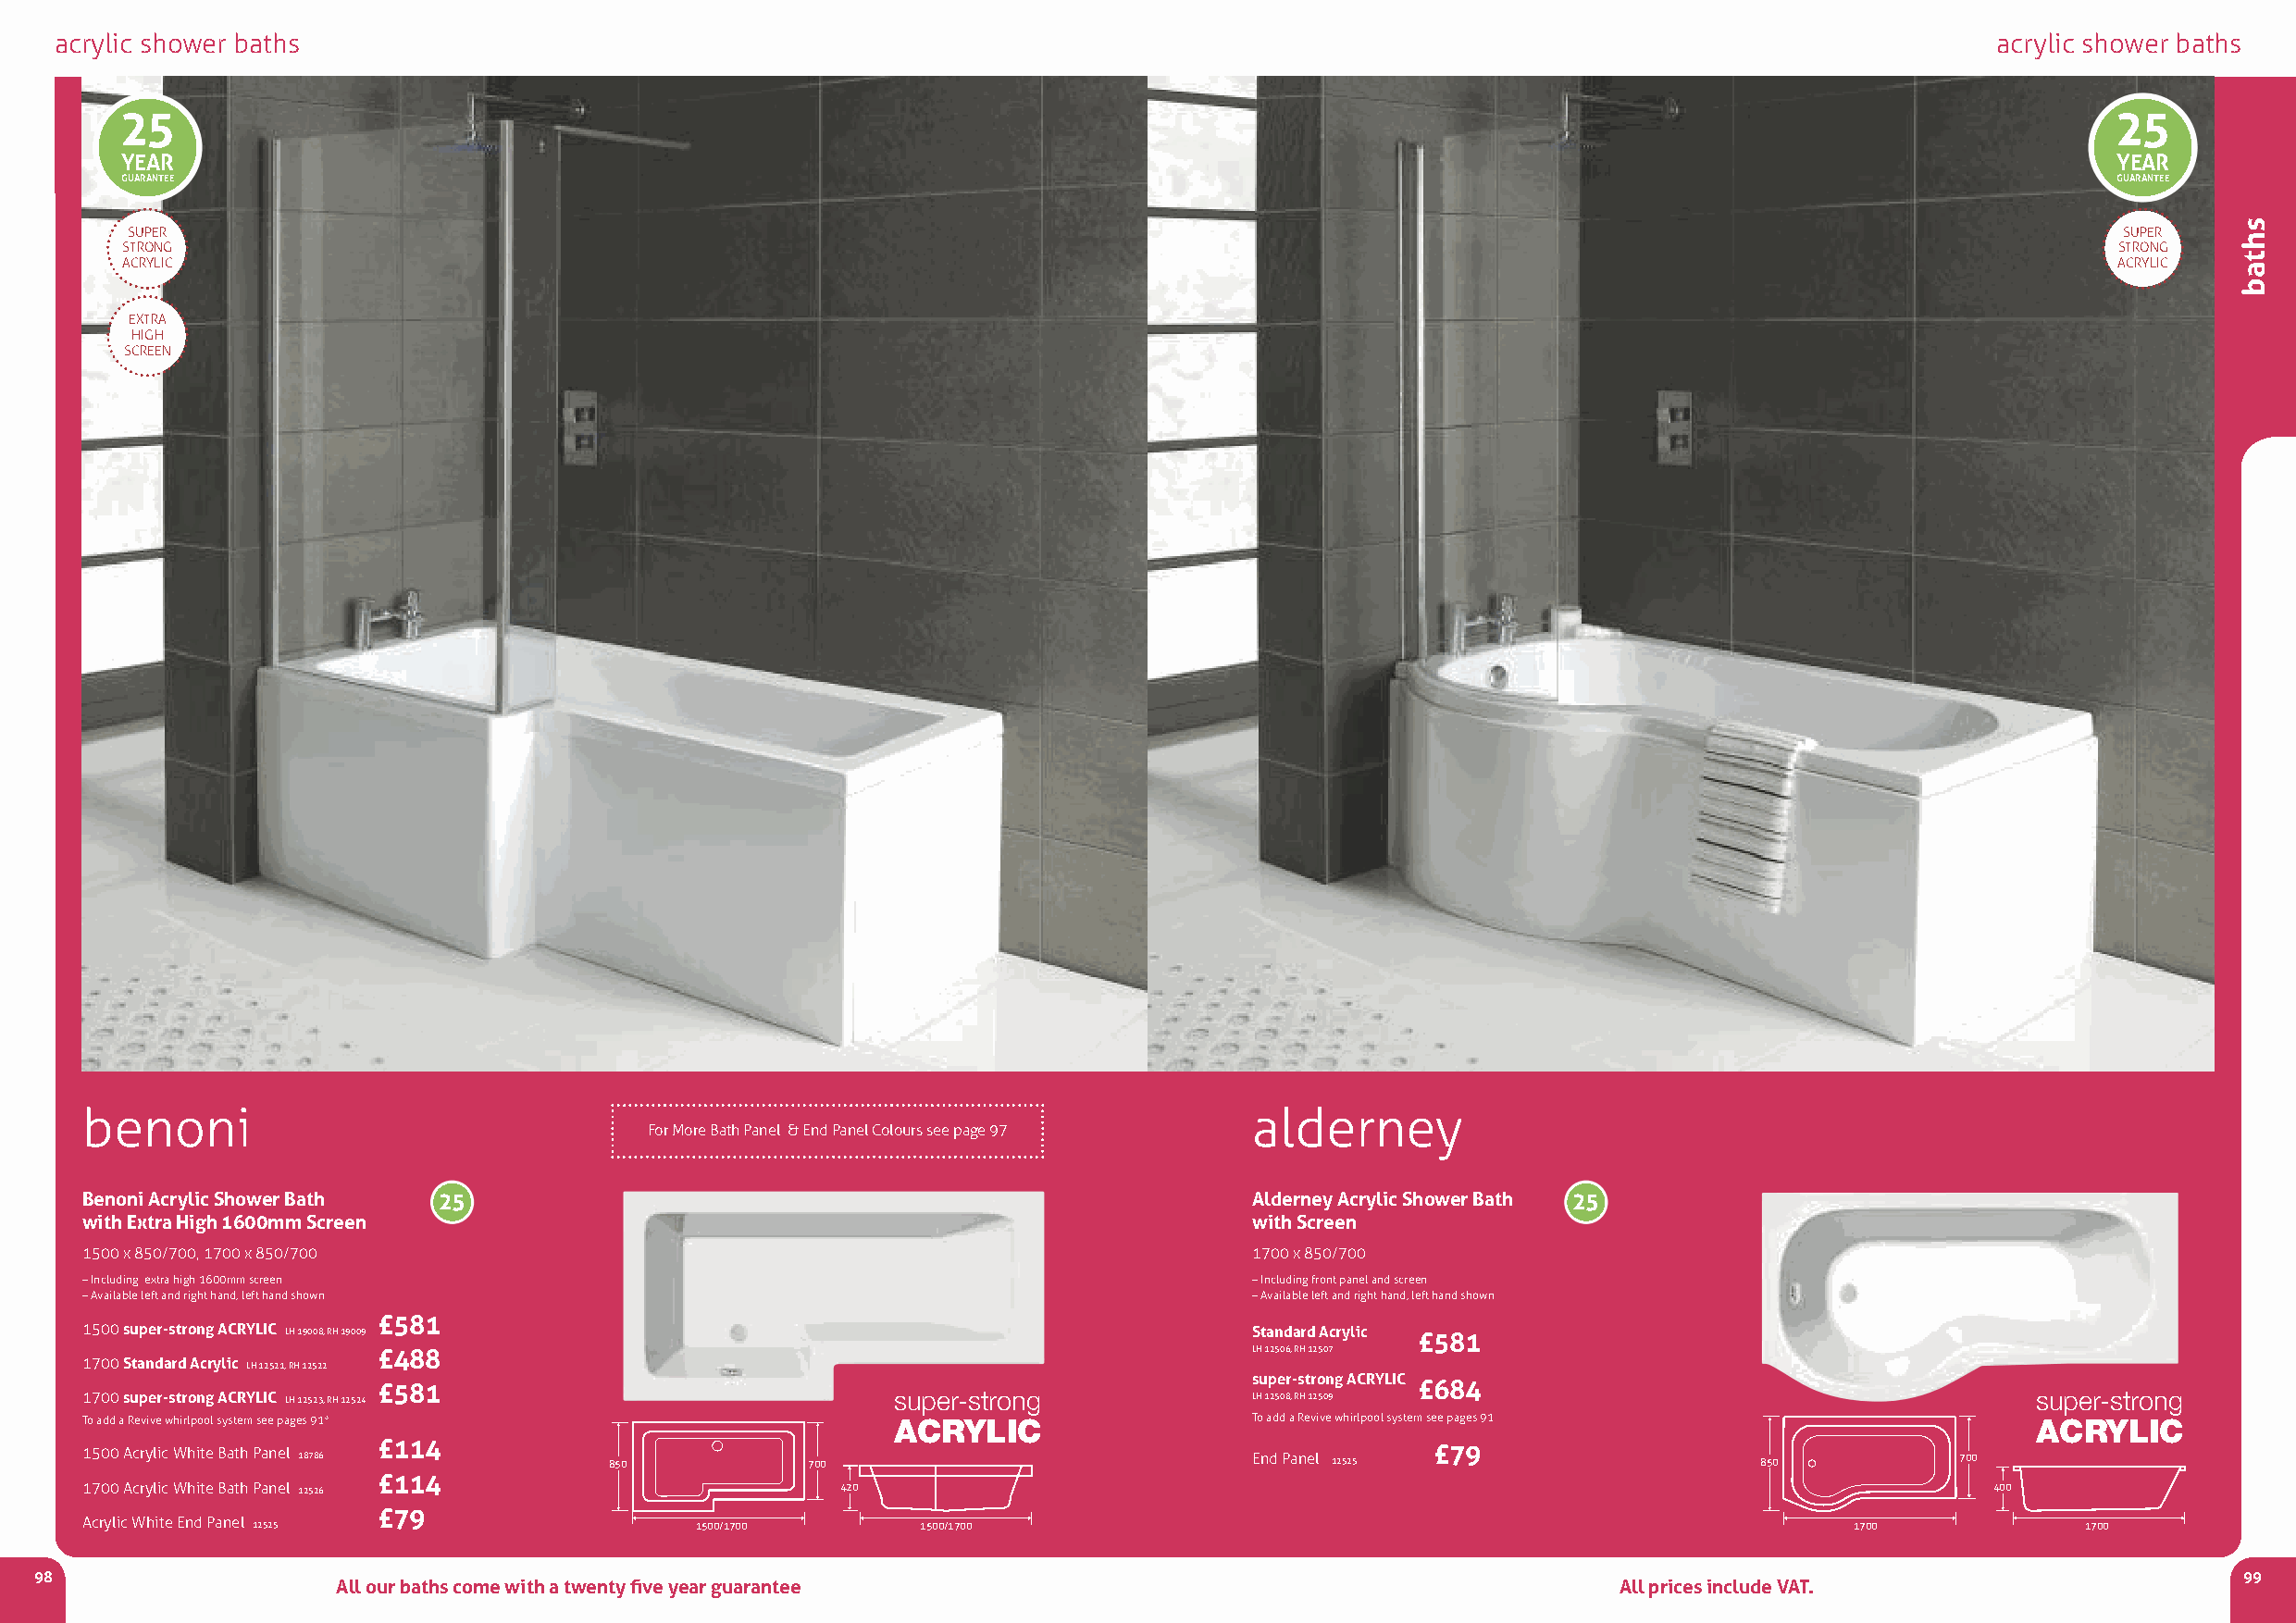
acrylic shower baths                                                                                                                       acrylic shower baths
 25                                                                                                                                            25
 YEAR                                                                                                                                          YEAR
 GUARANTEE                                                                                                                                     GUARANTEE
 SUPEr                                                                                                                                          SUPEr
 STrONG                                                                                                                                        STrONG
 acrylic                                                                                                                                       acrylic
 EXTra
 HiGH
 ScrEEN
 benoni                                                                              alderney
 For More Bath Panel & End Panel colours see page 97
 Benoni Acrylic Shower Bath 25                                                       Alderney Acrylic Shower Bath 25
 with Extra High 1600mm Screen                                                       with Screen
 1500 x 850/700, 1700 x 850/700                                                      1700 x 850/700
 –including extra high 1600mm screen                                                 –including front panel andscreen
 –available left and right hand, left hand shown                                     –available left and right hand, left hand shown
 £581
 1500 super-strong ACRYLIC LH 19008, RH 19009                                        Standard Acrylic £581
 £488                                                           LH 12506, RH 12507
 1700 Standard Acrylic LH 12521, RH 12522
 super-strong ACRYLIC
 £581                                                                      £684
 1700 super-strong ACRYLIC LH 12523, RH 12524              super-strong              LH 12508, RH 12509                                      super-strong
 To add a revive whirlpool system see pages 91*            ACRYLIC                   To add a revive whirlpool system see pages 91           ACRYLIC
 1500 acrylic White Bath Panel 18786 £114 850        700                             End Panel 12525 £79                 850           700
 £114
 1700 acrylic White Bath Panel 12526                   420                                                                                400
 £79
 acrylic White End Panel 12525               1500/1700       1500/1700                                                          1700            1700
 98                                                                                                                                                            99
 All our baths come with a twenty five year guarantee                                        All prices include VAT.
 shtab